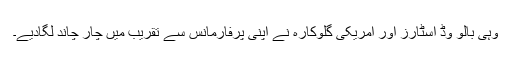
وہی بالو وڈ اسٹارز اور امریکی گلوکارہ نے اپنی پرفارمانس سے تقریب میں چار چاند لگادیے۔